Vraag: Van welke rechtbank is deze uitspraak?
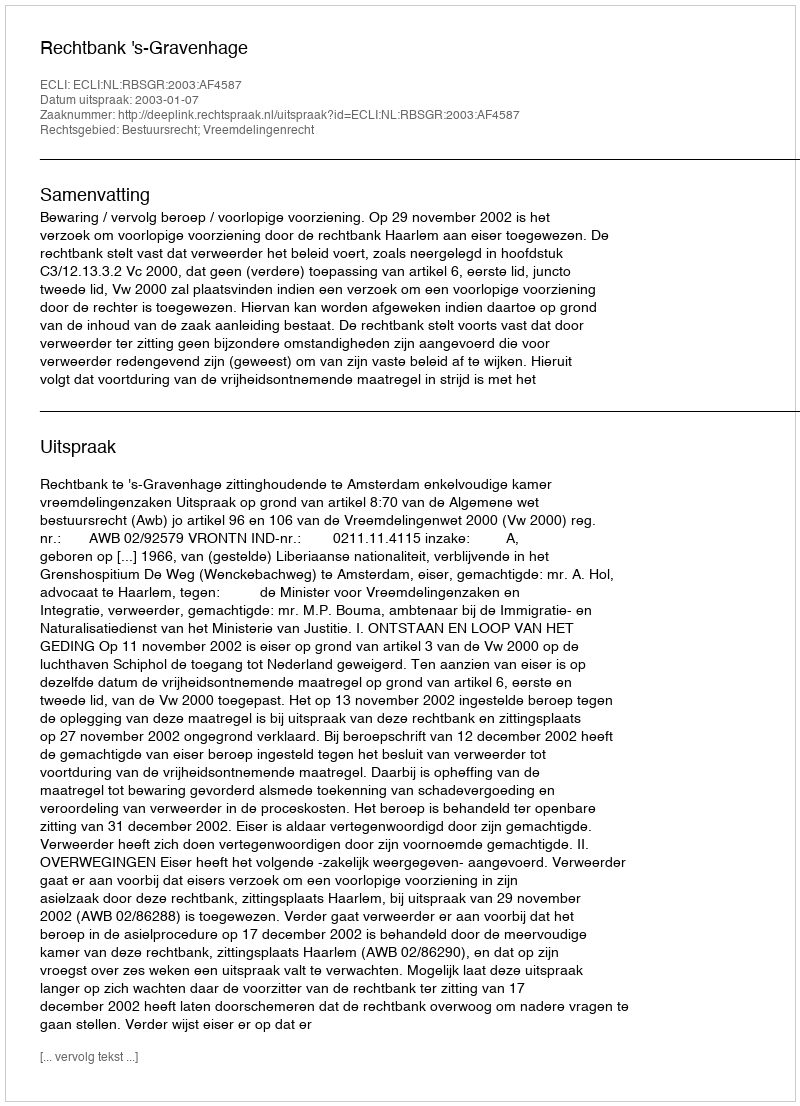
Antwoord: Rechtbank 's-Gravenhage